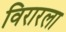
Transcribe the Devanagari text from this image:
विरारला